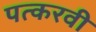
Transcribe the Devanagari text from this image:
पत्करवी